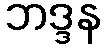
ဘဒ္ဒန